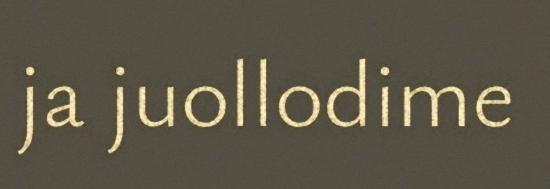
ja juollodime